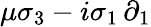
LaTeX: \mu\sigma_{3}-i\sigma_{1}\, \partial_{1}